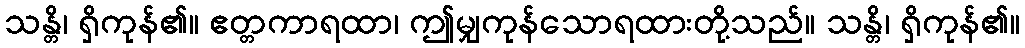
သန္တိ၊ ရှိကုန်၏။ ဧတ္တကာရထာ၊ ဤမျှကုန်သောရထားတို့သည်။ သန္တိ၊ ရှိကုန်၏။